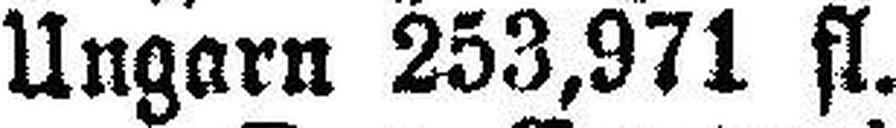
Ungarn 253,971 fl.